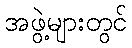
အဖွဲ့များတွင်